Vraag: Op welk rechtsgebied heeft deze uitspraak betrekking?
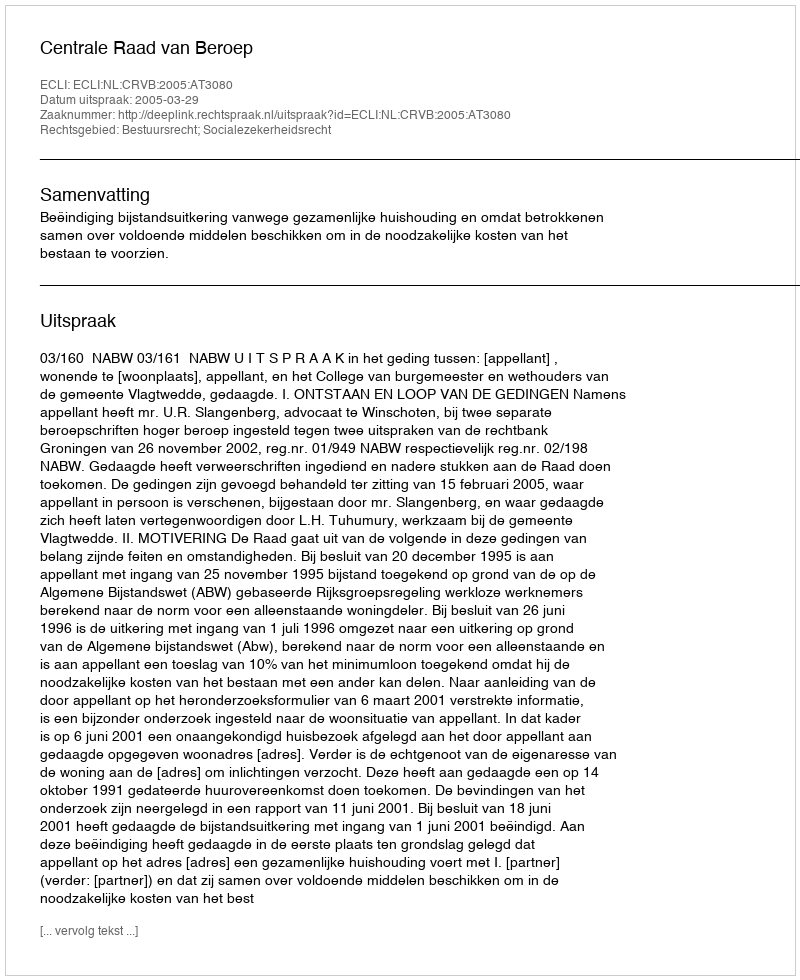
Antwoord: Bestuursrecht; Socialezekerheidsrecht